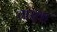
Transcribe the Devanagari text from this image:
ताखा